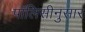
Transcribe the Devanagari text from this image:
पॉलिसीनुसार